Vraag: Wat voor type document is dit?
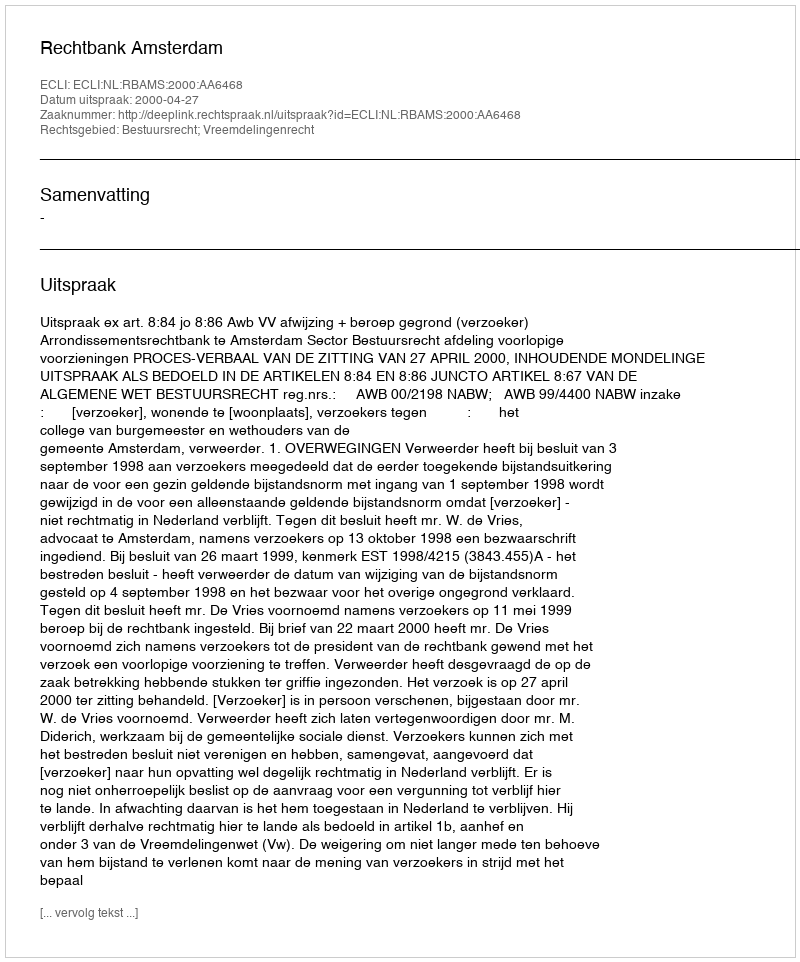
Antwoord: Uitspraak